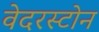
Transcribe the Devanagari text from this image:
वेदरस्‍टोन